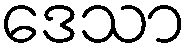
ဒေသာ